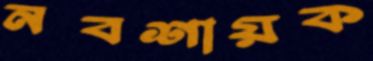
নবশায়ক